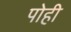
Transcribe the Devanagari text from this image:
पोही